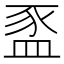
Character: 䀃